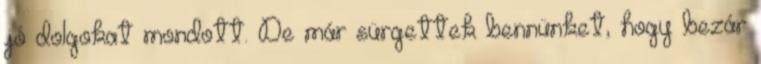
jó dolgokat mondott. De már sürgettek bennünket, hogy bezár